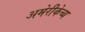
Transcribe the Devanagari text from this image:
अमेरीकेच्य